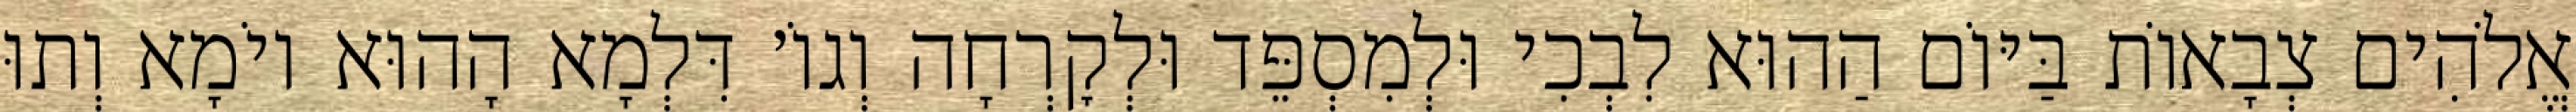
אֱלֹהִים צְבָאוֹת בַּיּוֹם הַהוּא לִבְכִי וּלְמִסְפֵּד וּלְקׇרְחָה וְגוֹ׳ דִּלְמָא הָהוּא יוֹמָא וְתוּ